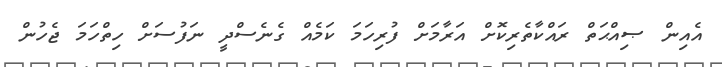
އެއިން ޞިއްޙަތް ރައްކާތެރިކޮށް އަރާމަށް ފުރިހަމަ ކަމެއް ގެނެސްދީ ނަފުސަށް ހިތްހަމަ ޖެހުން